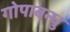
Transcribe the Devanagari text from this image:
गोपाबन्धु